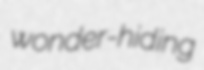
wonder-hiding